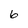
Character: 6